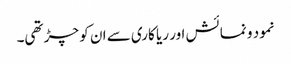
نمود و نمائش اور ریا کاری سے ان کو چڑ تھی۔